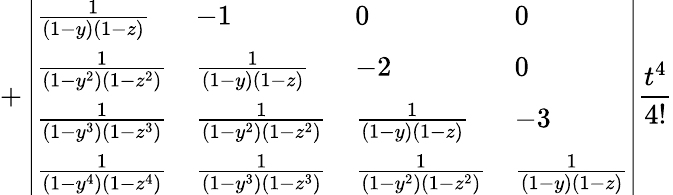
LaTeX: +\left|\begin{array}{llll}{\frac{1}{\left(1-y\right)\left(1-z\right)}}&{-1}&{0}&{0}\\ {\frac{1}{\left(1-y^{2}\right)\left(1-z^{2}\right)}}&{\frac{1}{\left(1-y\right)\left(1-z\right)}}&{-2}&{0}\\ {\frac{1}{\left(1-y^{3}\right)\left(1-z^{3}\right)}}&{\frac{1}{\left(1-y^{2}\right)\left(1-z^{2}\right)}}&{\frac{1}{\left(1-y\right)\left(1-z\right)}}&{-3}\\ {\frac{1}{\left(1-y^{4}\right)\left(1-z^{4}\right)}}&{\frac{1}{\left(1-y^{3}\right)\left(1-z^{3}\right)}}&{\frac{1}{\left(1-y^{2}\right)\left(1-z^{2}\right)}}&{\frac{1}{\left(1-y\right)\left(1-z\right)}}\end{array}\right|\frac{t^{4}}{4!}